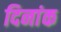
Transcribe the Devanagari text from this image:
दिनांक